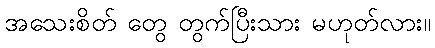
အသေးစိတ် တွေ တွက်ပြီးသား မဟုတ်လား။